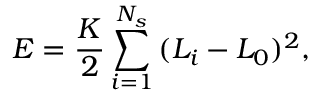
E = \frac { K } { 2 } \sum _ { i = 1 } ^ { N _ { s } } { ( L _ { i } - L _ { 0 } ) ^ { 2 } } ,